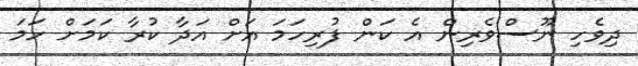
ދިވެހި ނޫސްވެރިން އެ ކަން ފުރިހަމަ އަށް އަދާ ކުރާ ކަމަށް ހަމަ